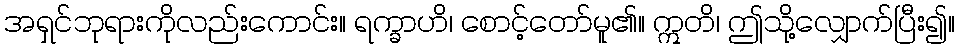
အရှင်ဘုရားကိုလည်းကောင်း။ ရက္ခာဟိ၊ စောင့်တော်မူ၏။ ဣတိ၊ ဤသို့လျှောက်ပြီး၍။